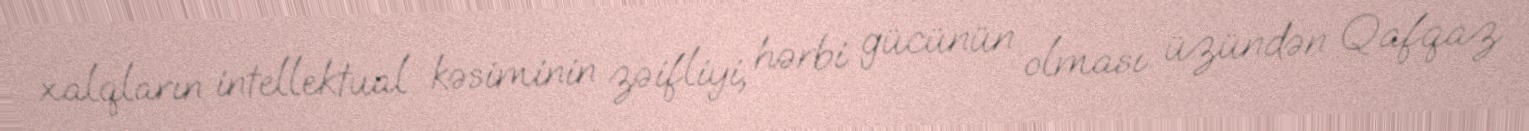
xalqların intellektual kəsiminin zəifliyi, hərbi gücünün olması üzündən Qafqaz